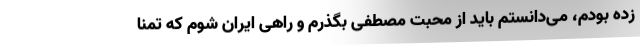
زده بودم، می‌دانستم باید از محبت مصطفی بگذرم و راهی ایران شوم که تمنا